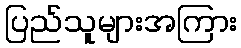
ပြည်သူများအကြား